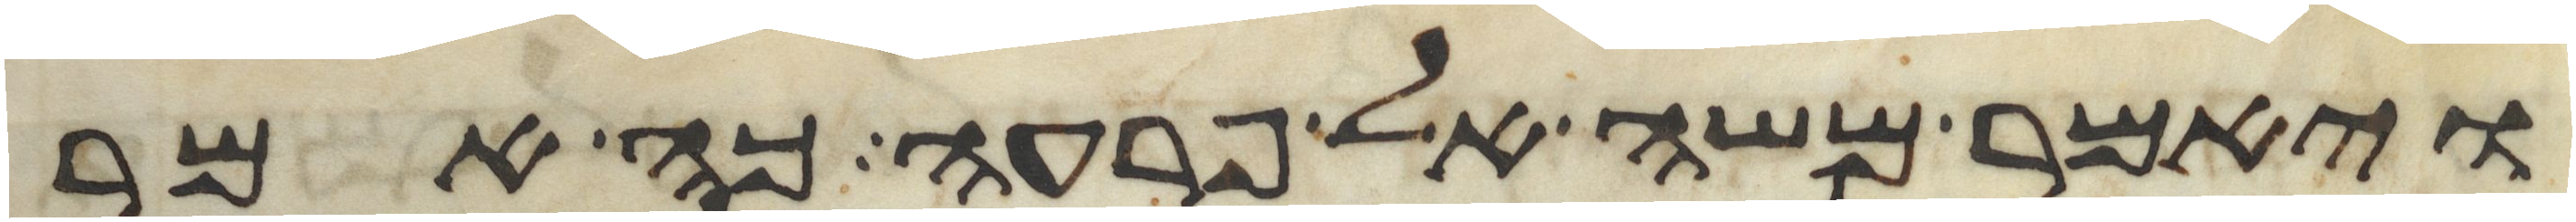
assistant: ויאמר משה אל פרעה כה אמר